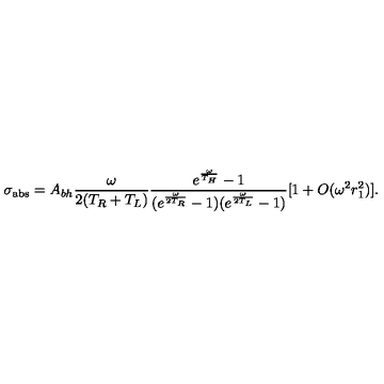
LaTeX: \sigma _ { \mathrm { a b s } } = A _ { b h } { \frac { \omega } { 2 ( T _ { R } + T _ { L } ) } } { \frac { e ^ { \frac { \omega } { T _ { H } } } - 1 } { ( e ^ { \frac { \omega } { 2 T _ { R } } } - 1 ) ( e ^ { \frac { \omega } { 2 T _ { L } } } - 1 ) } } [ 1 + O ( \omega ^ { 2 } r _ { 1 } ^ { 2 } ) ] .